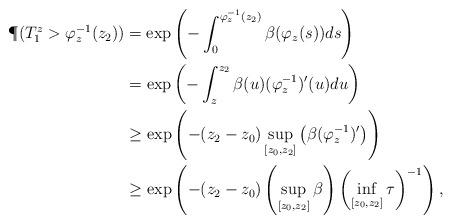
LaTeX: \begin{align*}\P(T_1^z>\varphi_z^{-1}(z_2))&=\exp\left(-\int_0^{\varphi_z^{-1}(z_2)}\beta(\varphi_z(s))ds\right)\\&=\exp\left(-\int_z^{z_2}\beta(u)(\varphi_z^{-1})'(u)du\right)\\&\geq\exp\left(-(z_2-z_0)\sup_{[z_0,z_2]}\left(\beta(\varphi_z^{-1})'\right)\right)\\&\geq\exp\left(-(z_2-z_0)\left(\sup_{[z_0,z_2]}\beta\right)\left(\inf_{[z_0,z_2]}\tau\right)^{-1}\right),\end{align*}